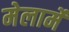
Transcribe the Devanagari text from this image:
मेलार्मे